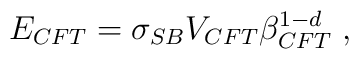
E_{CFT}=\sigma _{SB}V_{CFT}\beta _{CFT}^{1-d}\;,